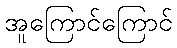
အူကြောင်ကြောင်